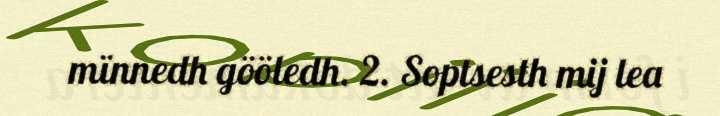
mïnnedh gööledh. 2. Soptsesth mij lea